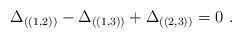
LaTeX: \begin{align*}\Delta_{((1,2))} - \Delta_{((1,3))} + \Delta_{((2,3))} =0 ~.\end{align*}